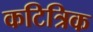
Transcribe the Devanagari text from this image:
कटित्रिक